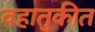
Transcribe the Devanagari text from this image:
वहातुकीत